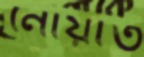
নোয়াত